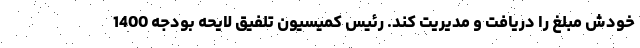
خودش مبلغ را دریافت و مدیریت کند. رئیس کمیسیون تلفیق لایحه بودجه 1400